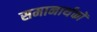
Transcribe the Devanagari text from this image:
समानार्थकों